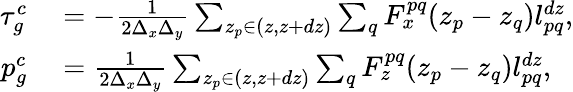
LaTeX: \begin{array}{rl}{\tau_{g}^{c}}&{{}=-\frac{1}{2\Delta_{x}\Delta_{y}}\sum_{z_{p}\in(z,z+dz)}\sum_{q}F_{x}^{pq}(z_{p}-z_{q})l_{pq}^{dz},}\\ {p_{g}^{c}}&{{}=\frac{1}{2\Delta_{x}\Delta_{y}}\sum_{z_{p}\in(z,z+dz)}\sum_{q}F_{z}^{pq}(z_{p}-z_{q})l_{pq}^{dz},}\end{array}